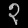
Digit: ၃